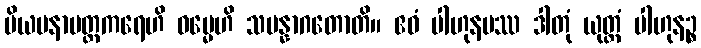
ပိယမနာပတ္တကရေဟိ ဓမ္မေဟိ သမန္နာဂတောတိ။ ဧဝံ ပါဟုနမဿ ဒါတုံ ယုတ္တံ ပါဟုနဉ္စ